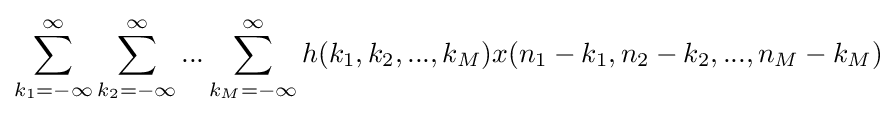
\sum _{k_{1}=-\infty }^{\infty }\sum _{k_{2}=-\infty }^{\infty }...\sum _{k_{M}=-\infty }^{\infty }h(k_{1},k_{2},...,k_{M})x(n_{1}-k_{1},n_{2}-k_{2},...,n_{M}-k_{M})